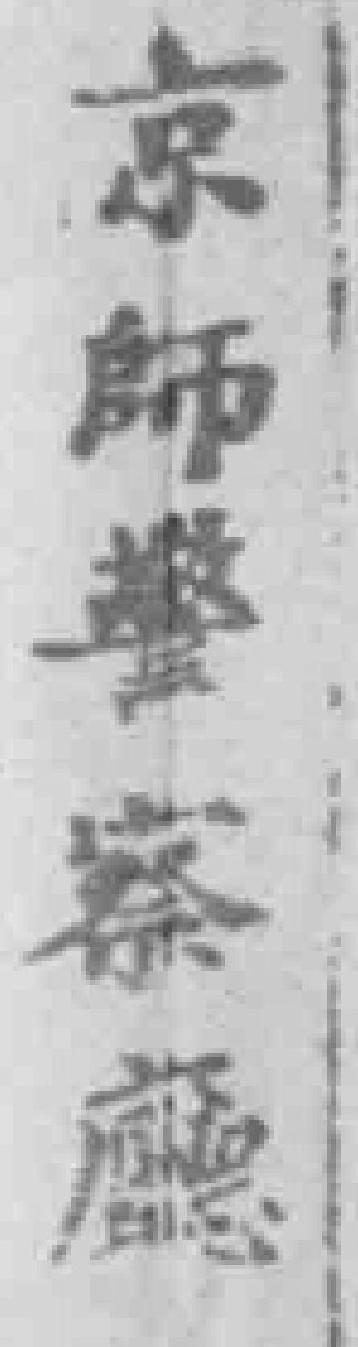
京師警察廳